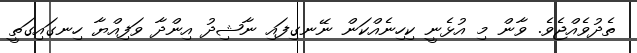
ތެދުވެއްޖެވެ. ވާން މި އުޅެނީ ކިހިނެއްކަން ނޭނގިފައި ނާޝިދު އިންދާ ވަފިއްޔާ ހިނގައިގަތީ